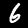
Digit: 6